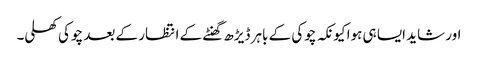
اور شاید ایسا ہی ہوا کیونکہ چوکی کے باہر ڈیڑھ گھنٹے کے انتظار کے بعد چوکی کھلی۔